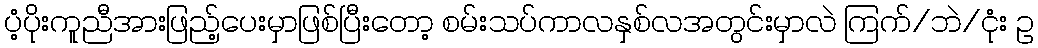
ပံ့ပိုးကူညီအားဖြည့်ပေးမှာဖြစ်ပြီးတော့ စမ်းသပ်ကာလနှစ်လအတွင်းမှာလဲ ကြက်/ဘဲ/ငုံး ဥ